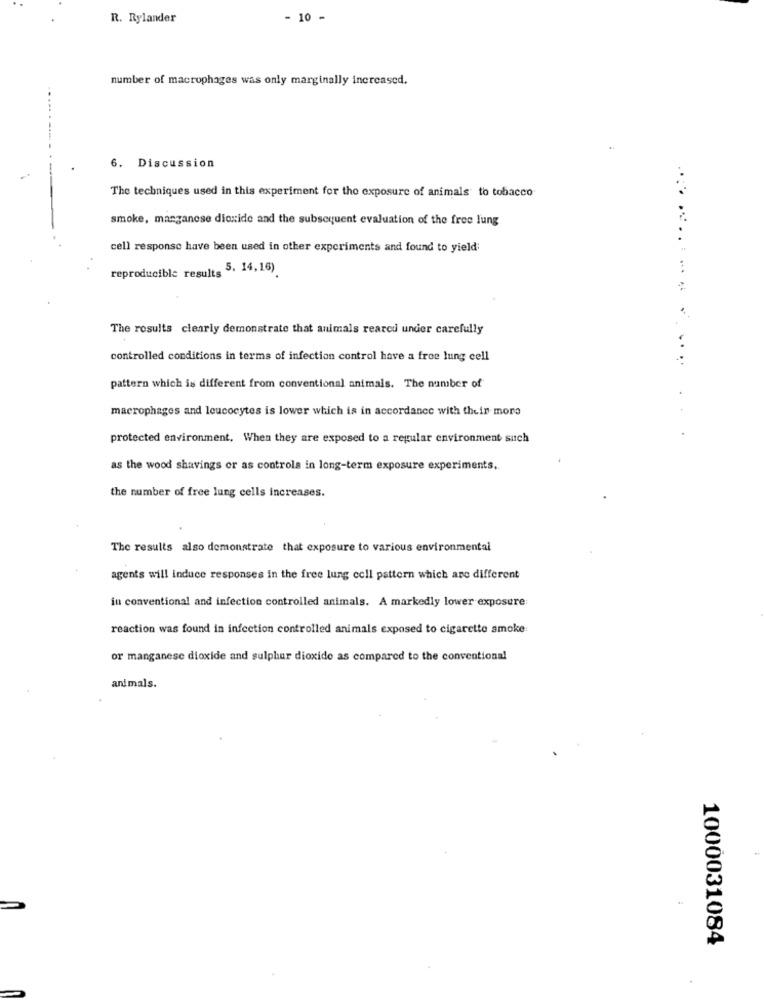
R. Rylander
10 -
number of macrophages was only marginally increased.
6. Discussion
The techniques used in this experiment for the exposure of animals' to tobacco
smoke, manganese dioxide and the subsequent evaluation of the free lung
cell response have been used in other experiments and found to yield;
reproducible results 5. 14,16)
........
The results clearly demonstrate that animals reared under carefully
controlled conditions in terms of infection control have a free lung cell
pattern which is different from conventional animals. The number of
macrophages and leucocytes is lower which is in accordance with their more
protected environment. When they are exposed to a regular environment such
as the wood shavings or as controla in long-term exposure experiments,
the number of free lung cells increases.
The results also demonstrate that exposure to various environmental
agents will induce responses in the free lung cell pattern which are different
in conventional and infection controlled animals. A markedly lower exposure:
reaction was found in infection controlled animals exposed to cigarette smoke:
or manganese dioxide and sulphur dioxide as compared to the conventional
animals.
1000031084